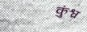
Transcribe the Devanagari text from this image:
कुंश्व